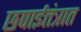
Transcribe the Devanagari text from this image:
छपाईतंत्रात